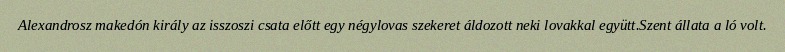
Alexandrosz makedón király az isszoszi csata előtt egy négylovas szekeret áldozott neki lovakkal együtt.Szent állata a ló volt.